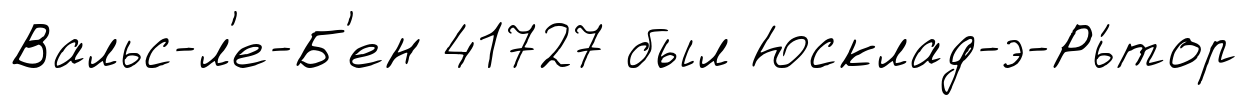
Вальс-л'е-Б'ен 41727 был Юсклад-э-Рь́тор